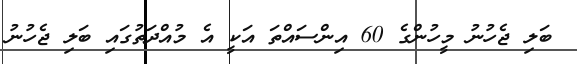
ބަލި ޖެހުނު މީހުންގެ 60 އިންސައްތަ އަކީ އެ މުއްދަތުގަައި ބަލި ޖެހުނު